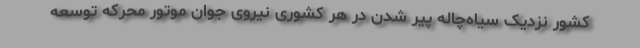
کشور نزدیک سیاه‌چاله‌ پیر شدن در هر کشوری نیروی جوان موتور محرکه توسعه